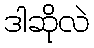
ဒါဆိုလဲ